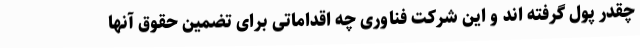
چقدر پول گرفته اند و این شرکت فناوری چه اقداماتی برای تضمین حقوق آنها